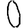
Digit: 0